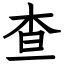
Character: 查